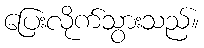
ပြေးလိုက်သွားသည်။